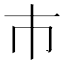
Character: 巿